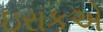
ઇરાકએ